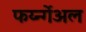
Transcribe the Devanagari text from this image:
फर्य्न्गेअल